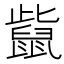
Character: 𪕊